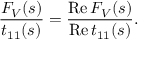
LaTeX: \frac { F _ { V } ( s ) } { t _ { 1 1 } ( s ) } = \frac { \mathrm { R e } \, F _ { V } ( s ) } { \mathrm { R e } \, t _ { 1 1 } ( s ) } .